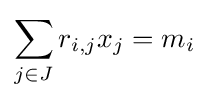
\sum _{j\in J}r_{i,j}x_{j}=m_{i}